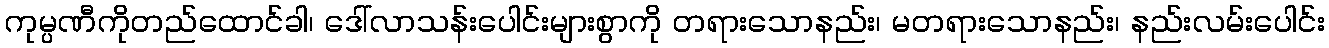
ကုမ္ပဏီကိုတည်ထောင်ခါ၊ ဒေါ်လာသန်းပေါင်းများစွာကို တရားသောနည်း၊ မတရားသောနည်း၊ နည်းလမ်းပေါင်း